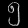
Digit: ၅